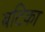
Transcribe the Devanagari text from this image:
बटिका